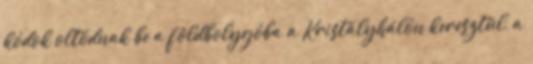
kódok oltódnak be a földbolygóba a Kristályhálón keresztül, a